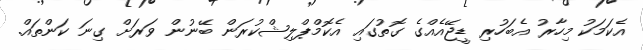
އެކަމަކު މިހާރު އެބަހުރި ޑީޖޭއެއްގެ ގޮތުގައި އެކޮމްޕްލިޝްކުރަން ބޭނުން ވަރަށް ގިނަ ކަންތައް.